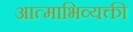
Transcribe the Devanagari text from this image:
आत्माभिव्यक्ती